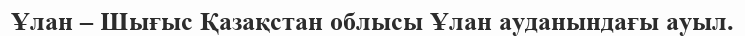
Ұлан – Шығыс Қазақстан облысы Ұлан ауданындағы ауыл.